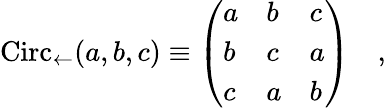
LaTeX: \mathrm{Circ}_{\leftarrow}(a,b,c)\equiv\left(\begin{array}{lll}{{a}}&{{b}}&{{c}}\\ {{b}}&{{c}}&{{a}}\\ {{c}}&{{a}}&{{b}}\end{array}\right)~~~~,